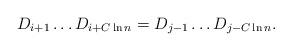
LaTeX: \begin{align*}D_{i+1}\ldots D_{i+C\ln n}=D_{j-1}\ldots D_{j-C\ln n}.\end{align*}